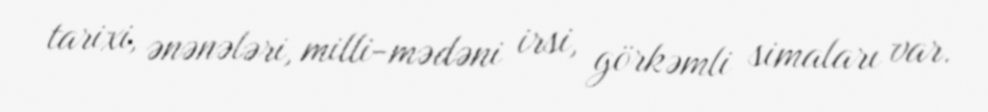
tarixi, ənənələri, milli-mədəni irsi, görkəmli simaları var.